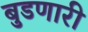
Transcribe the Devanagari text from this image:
बुडणारी